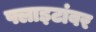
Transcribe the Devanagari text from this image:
फ्लाइटांवर